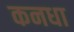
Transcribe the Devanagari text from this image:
कनधा